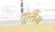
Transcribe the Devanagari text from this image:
कुर्रीम